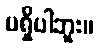
မရှိပါဘူး။